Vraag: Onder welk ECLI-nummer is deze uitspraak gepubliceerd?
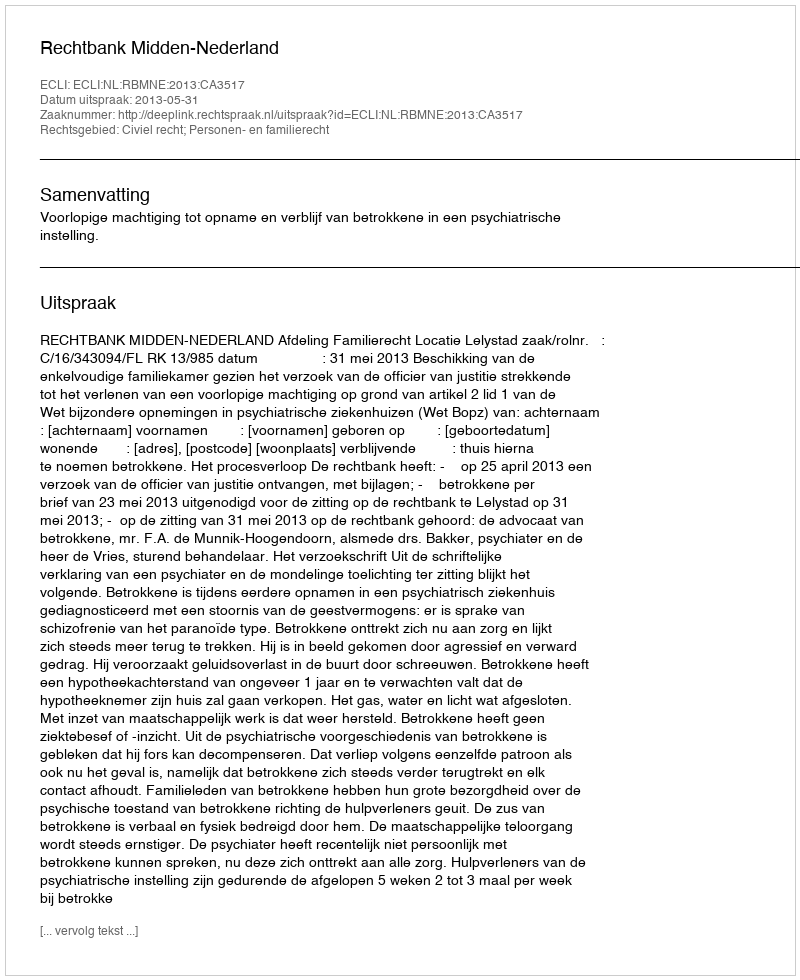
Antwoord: ECLI:NL:RBMNE:2013:CA3517